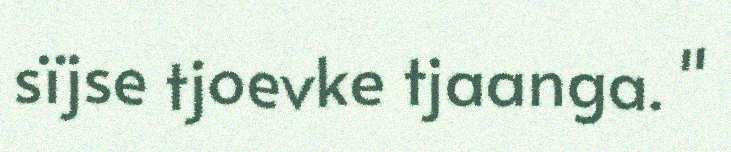
sïjse tjoevke tjaanga. "